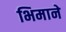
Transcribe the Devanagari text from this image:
भिमाने